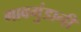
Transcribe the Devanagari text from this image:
गावगुंडानी